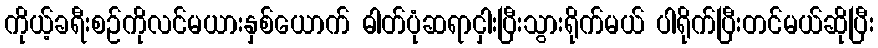
ကိုယ့်ခရီးစဉ်ကိုလင်မယားနှစ်ယောက် ဓါတ်ပုံဆရာငှါးပြီးသွားရိုက်မယ် ပါရိုက်ပြီးတင်မယ်ဆိုပြီး